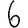
Digit: 6